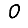
Digit: 0